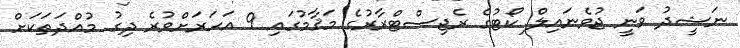
ނަޝީދު ވަނީ ޖުވެނައިލް ކޯޓުގެ ރެޖިސްޓްރާރުގެ މަޤާމުގައި 9 އަހަރަށްވުރެ ދިގު މުއްދަތަކަށް